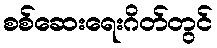
စစ်ဆေးရေးဂိတ်တွင်